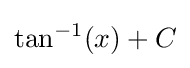
\tan ^{-1}(x)+C